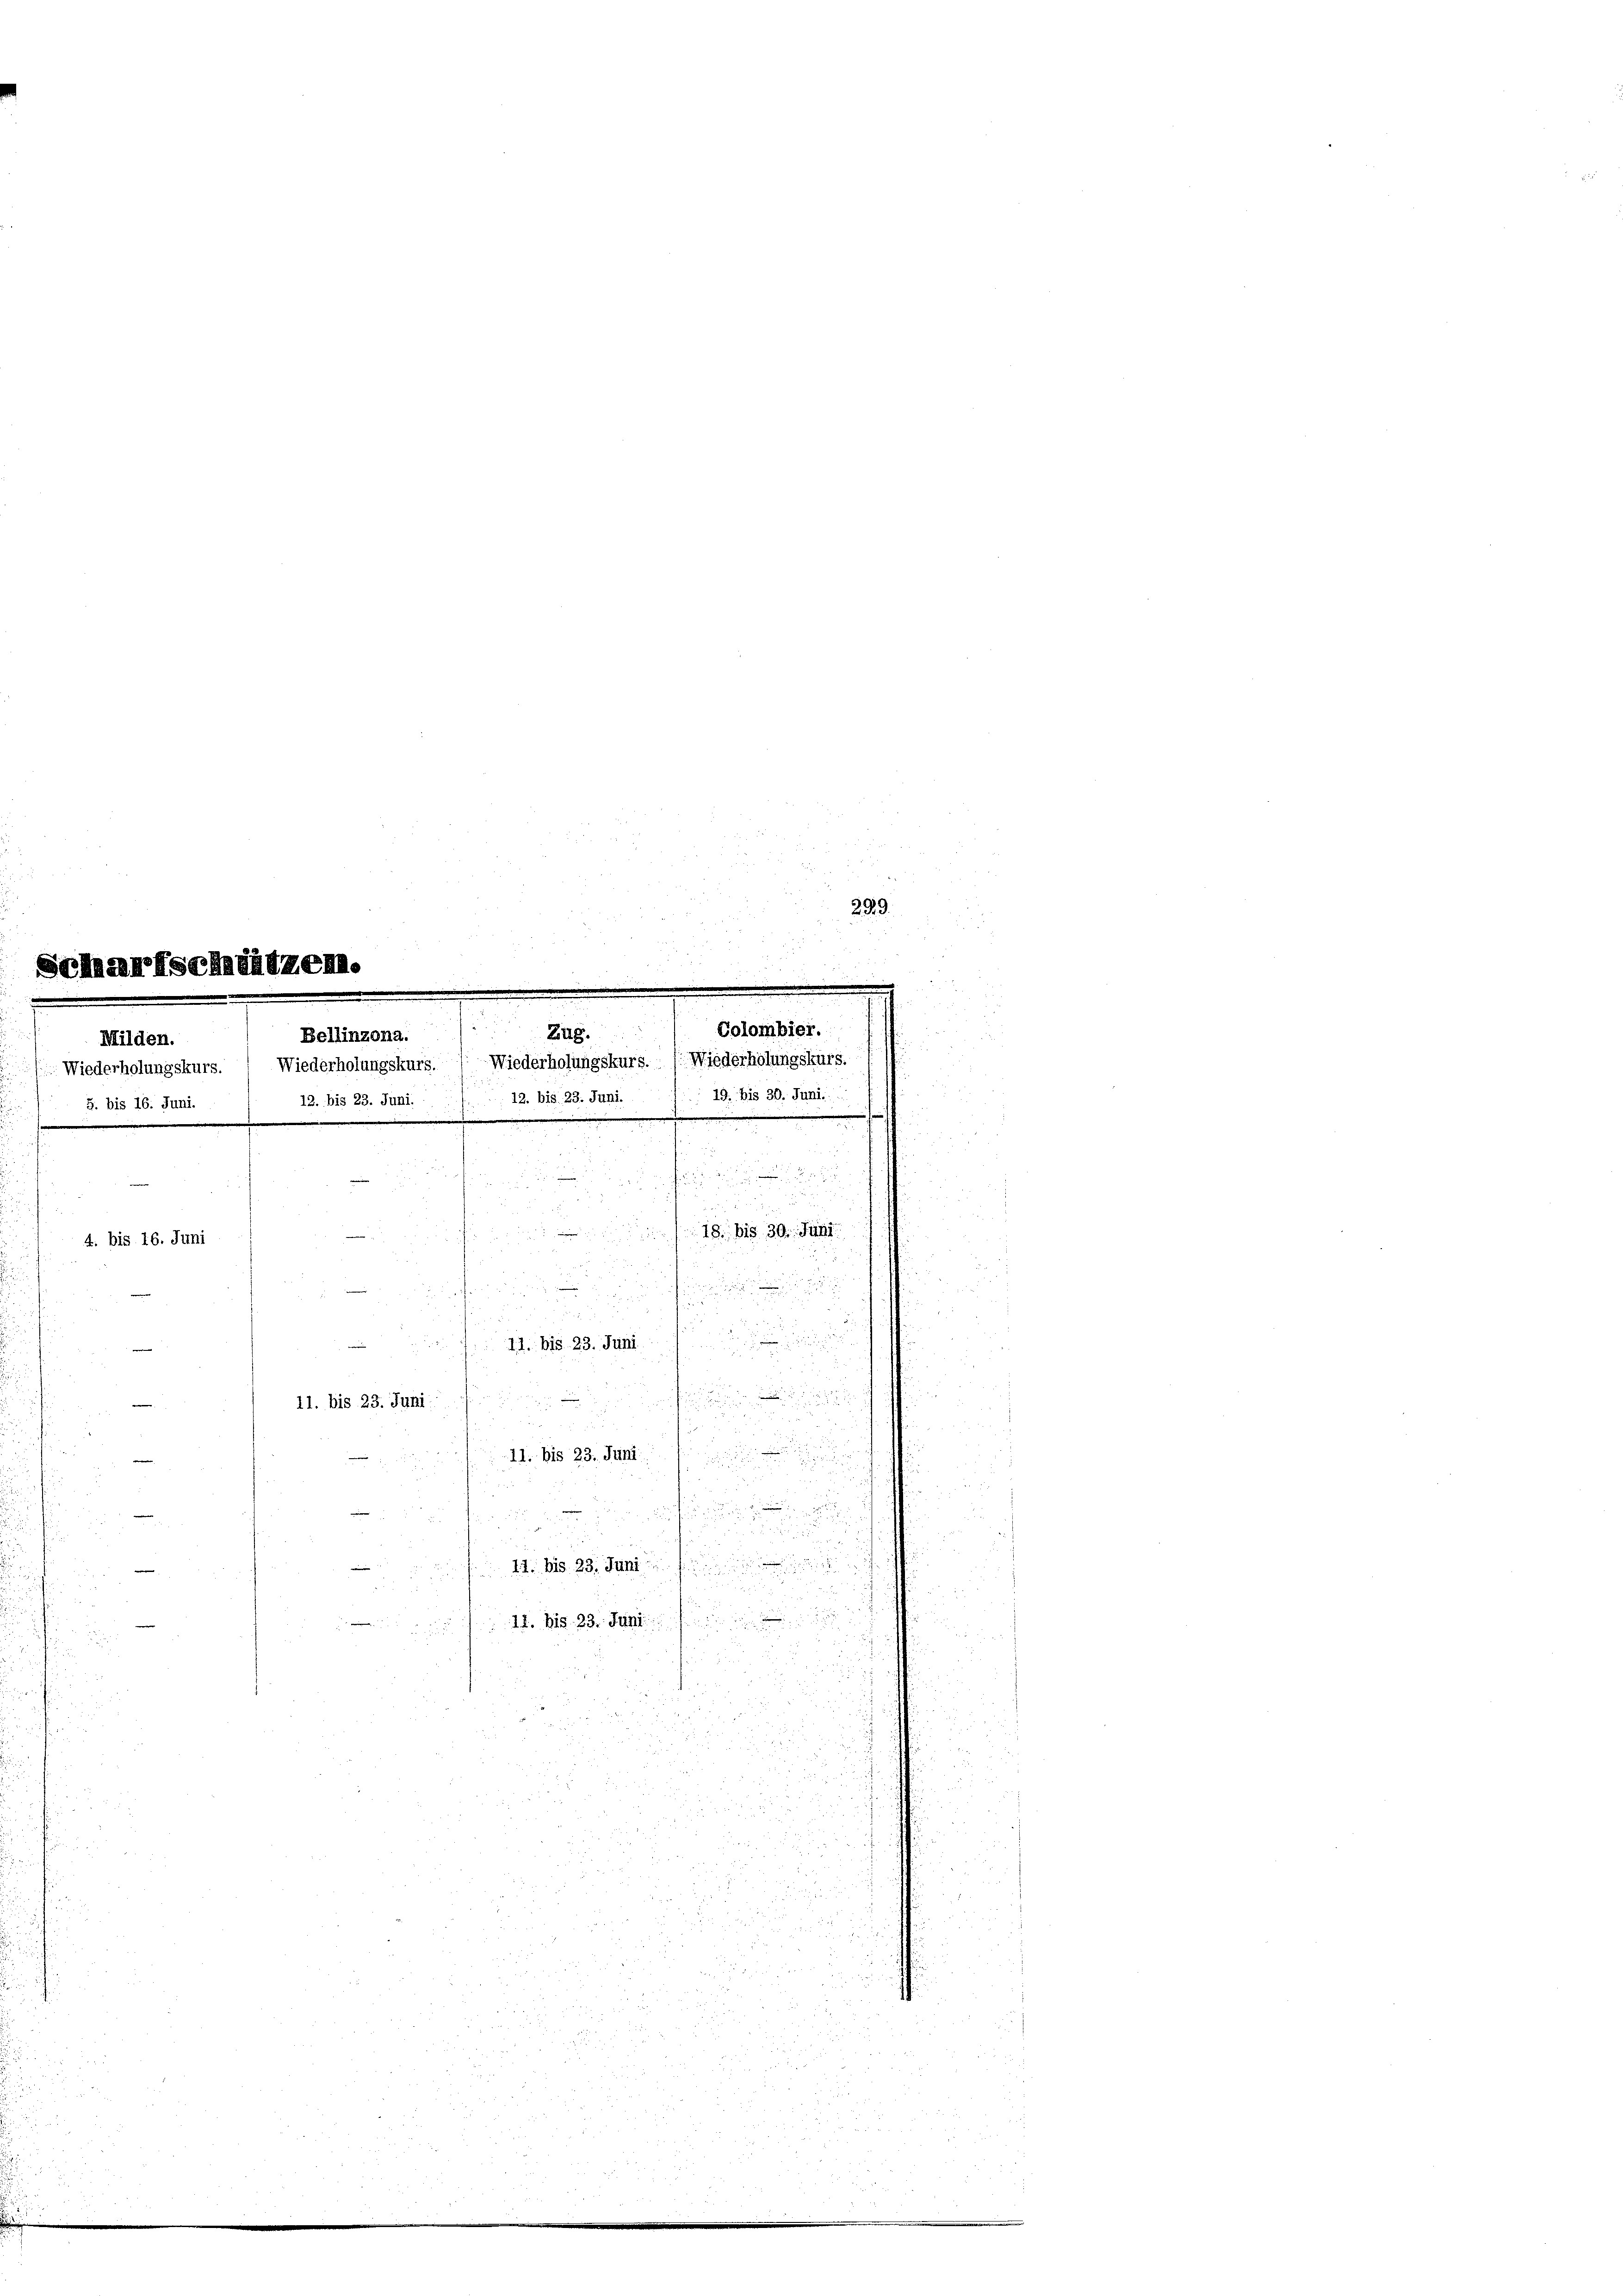
Milden.
5. bis 16. Juni.
.

Zug.
Bellinzona.
Wiederholungskurs. Wiederholungskurs. Wiederholungskurs. (Wiederholungskurs.
2
12. bis 23. Juni.  .. 12. bis 23. Juni.
e
.

e

.

4. bis 16. Juni

.

u

und
dau
n
11. bis 23. Juni

.

.
11. bis 23. Juni
 xx
e
11. bis 23. Juni

h

11. Bis 23. Juni
e

i
14. bis 23. Juni

¬

 xx
 48
.
u

Fr
55
5

5. 27
a
xxx
2
2

 f 0 x
53.
225 f
2
2
5
2

Colombier.
 19. bis 30. Junii

18. bis 30. Juni

2
.

29
29.